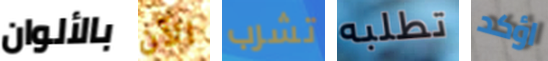
بالألوان الآن تشرب تطلبه اؤكد